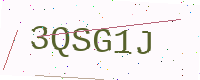
Text: 3QSG1J